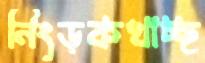
নিংড়কখাচ্ছ